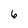
Character: 6